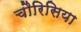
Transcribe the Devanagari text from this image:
चौरिसिया